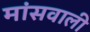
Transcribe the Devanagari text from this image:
मांसवाली